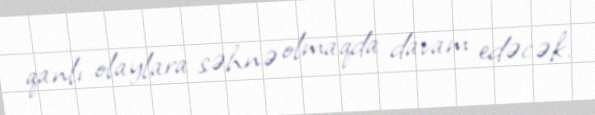
qanlı olaylara səhnə olmaqda davam edəcək.